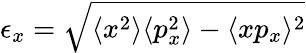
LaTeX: \epsilon_{x}=\sqrt{\langle x^{2}\rangle\langle p_{x}^{2}\rangle-\langle xp_{x}\rangle^{2}}